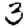
Digit: 3